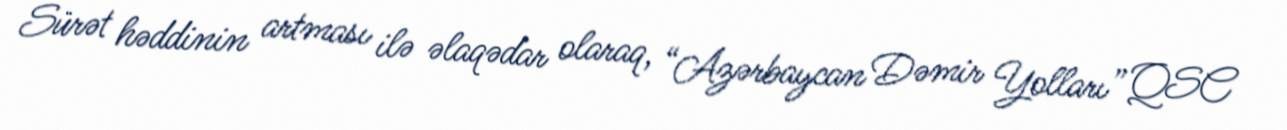
Sürət həddinin artması ilə əlaqədar olaraq, “Azərbaycan Dəmir Yolları” QSC